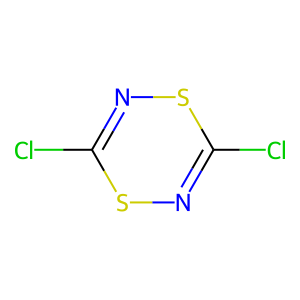
SMILES: ClC1=NSC(Cl)=NS1
Inhibits HIV replication: No